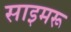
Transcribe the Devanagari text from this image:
साइमरू